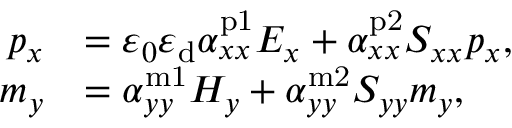
\begin{array} { r l } { p _ { x } } & { = \varepsilon _ { 0 } \varepsilon _ { \mathrm { d } } \alpha _ { x x } ^ { \mathrm { p 1 } } E _ { x } + \alpha _ { x x } ^ { \mathrm { p 2 } } S _ { x x } p _ { x } , } \\ { m _ { y } } & { = \alpha _ { y y } ^ { \mathrm { m 1 } } H _ { y } + \alpha _ { y y } ^ { \mathrm { m 2 } } S _ { y y } m _ { y } , } \end{array}